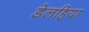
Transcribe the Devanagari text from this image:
डेलहिया